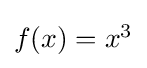
{\textstyle f(x)=x^{3}}